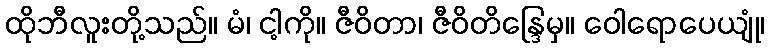
ထိုဘီလူးတို့သည်။ မံ၊ ငါ့ကို။ ဇီဝိတာ၊ ဇီဝိတိန္ဒြေမှ။ ဝေါရောပေယျုံ၊